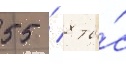
55 / 8 ты́с